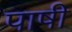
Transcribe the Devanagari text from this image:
पाषी